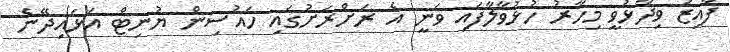
ފާއިޒު ވިދާޅުވީ މިހާރު ހުޅުވާލާފައި ވަނީ އެ ރަށްރަށުގައި ހައުސިން ޔުނިޓް އަޅައިދޭނެ